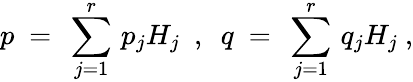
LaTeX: p~=~\sum_{j=1}^{r}\, p_{j}H_{j}~~,~~q~=~\sum_{j=1}^{r}\, q_{j}H_{j}~,